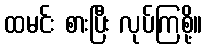
ထမင်း စားပြီး လုပ်ကြစို့။